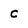
Character: C